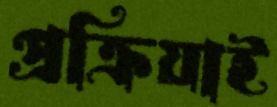
প্রক্রিয়াই